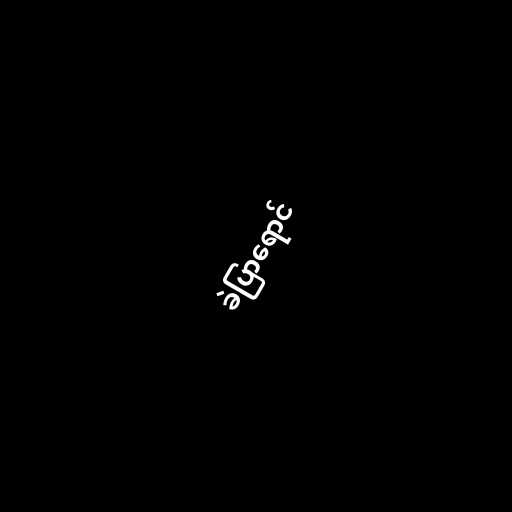
ခဲပြာရောင်